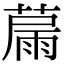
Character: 𦸢